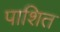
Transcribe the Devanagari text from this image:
पाशित